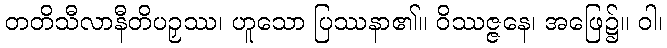
တတိသီလာနီတိပဉှဿ၊ ဟူသော ပြဿနာ၏။ ဝိဿဇ္ဇနေ၊ အဖြေ၌။ ဝါ၊